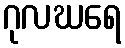
ဂုလဃရေ